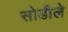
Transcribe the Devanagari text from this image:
सोडीले